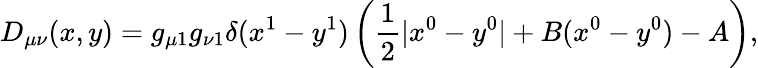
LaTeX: D_{\mu\nu}(x,y)=g_{\mu 1}g_{\nu 1}\delta(x^{1}-y^{1})\left({\frac{1}{2}|x^{0}-y^{0}|+B(x^{0}-y^{0})-A}\right),